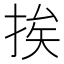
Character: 挨